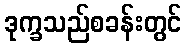
ဒုက္ခသည်စခန်းတွင်